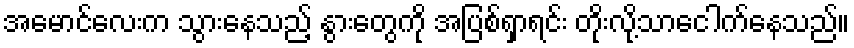
အမောင်လေးက သွားနေသည့် နွားတွေကို အပြစ်ရှာရင်း တိုးလို့သာငေါက်နေသည်။